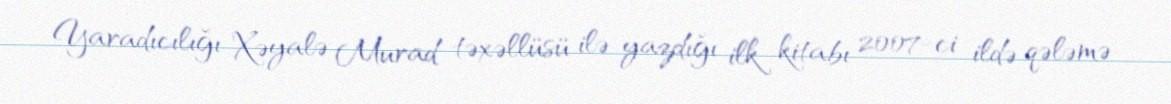
Yaradıcılığı Xəyalə Murad təxəllüsü ilə yazdığı ilk kitabı 2007-ci ildə qələmə